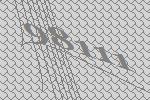
98111